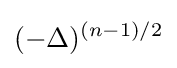
(-\Delta )^{(n-1)/2}